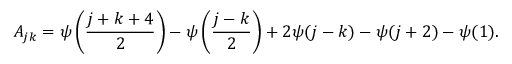
A _ { j k } = \psi \left( \frac { j + k + 4 } { 2 } \right) - \psi \left( \frac { j - k } { 2 } \right) + 2 \psi ( j - k ) - \psi ( j + 2 ) - \psi ( 1 ) . \nonumber